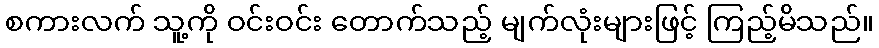
စကားလက် သူ့ကို ဝင်းဝင်း တောက်သည့် မျက်လုံးများဖြင့် ကြည့်မိသည်။